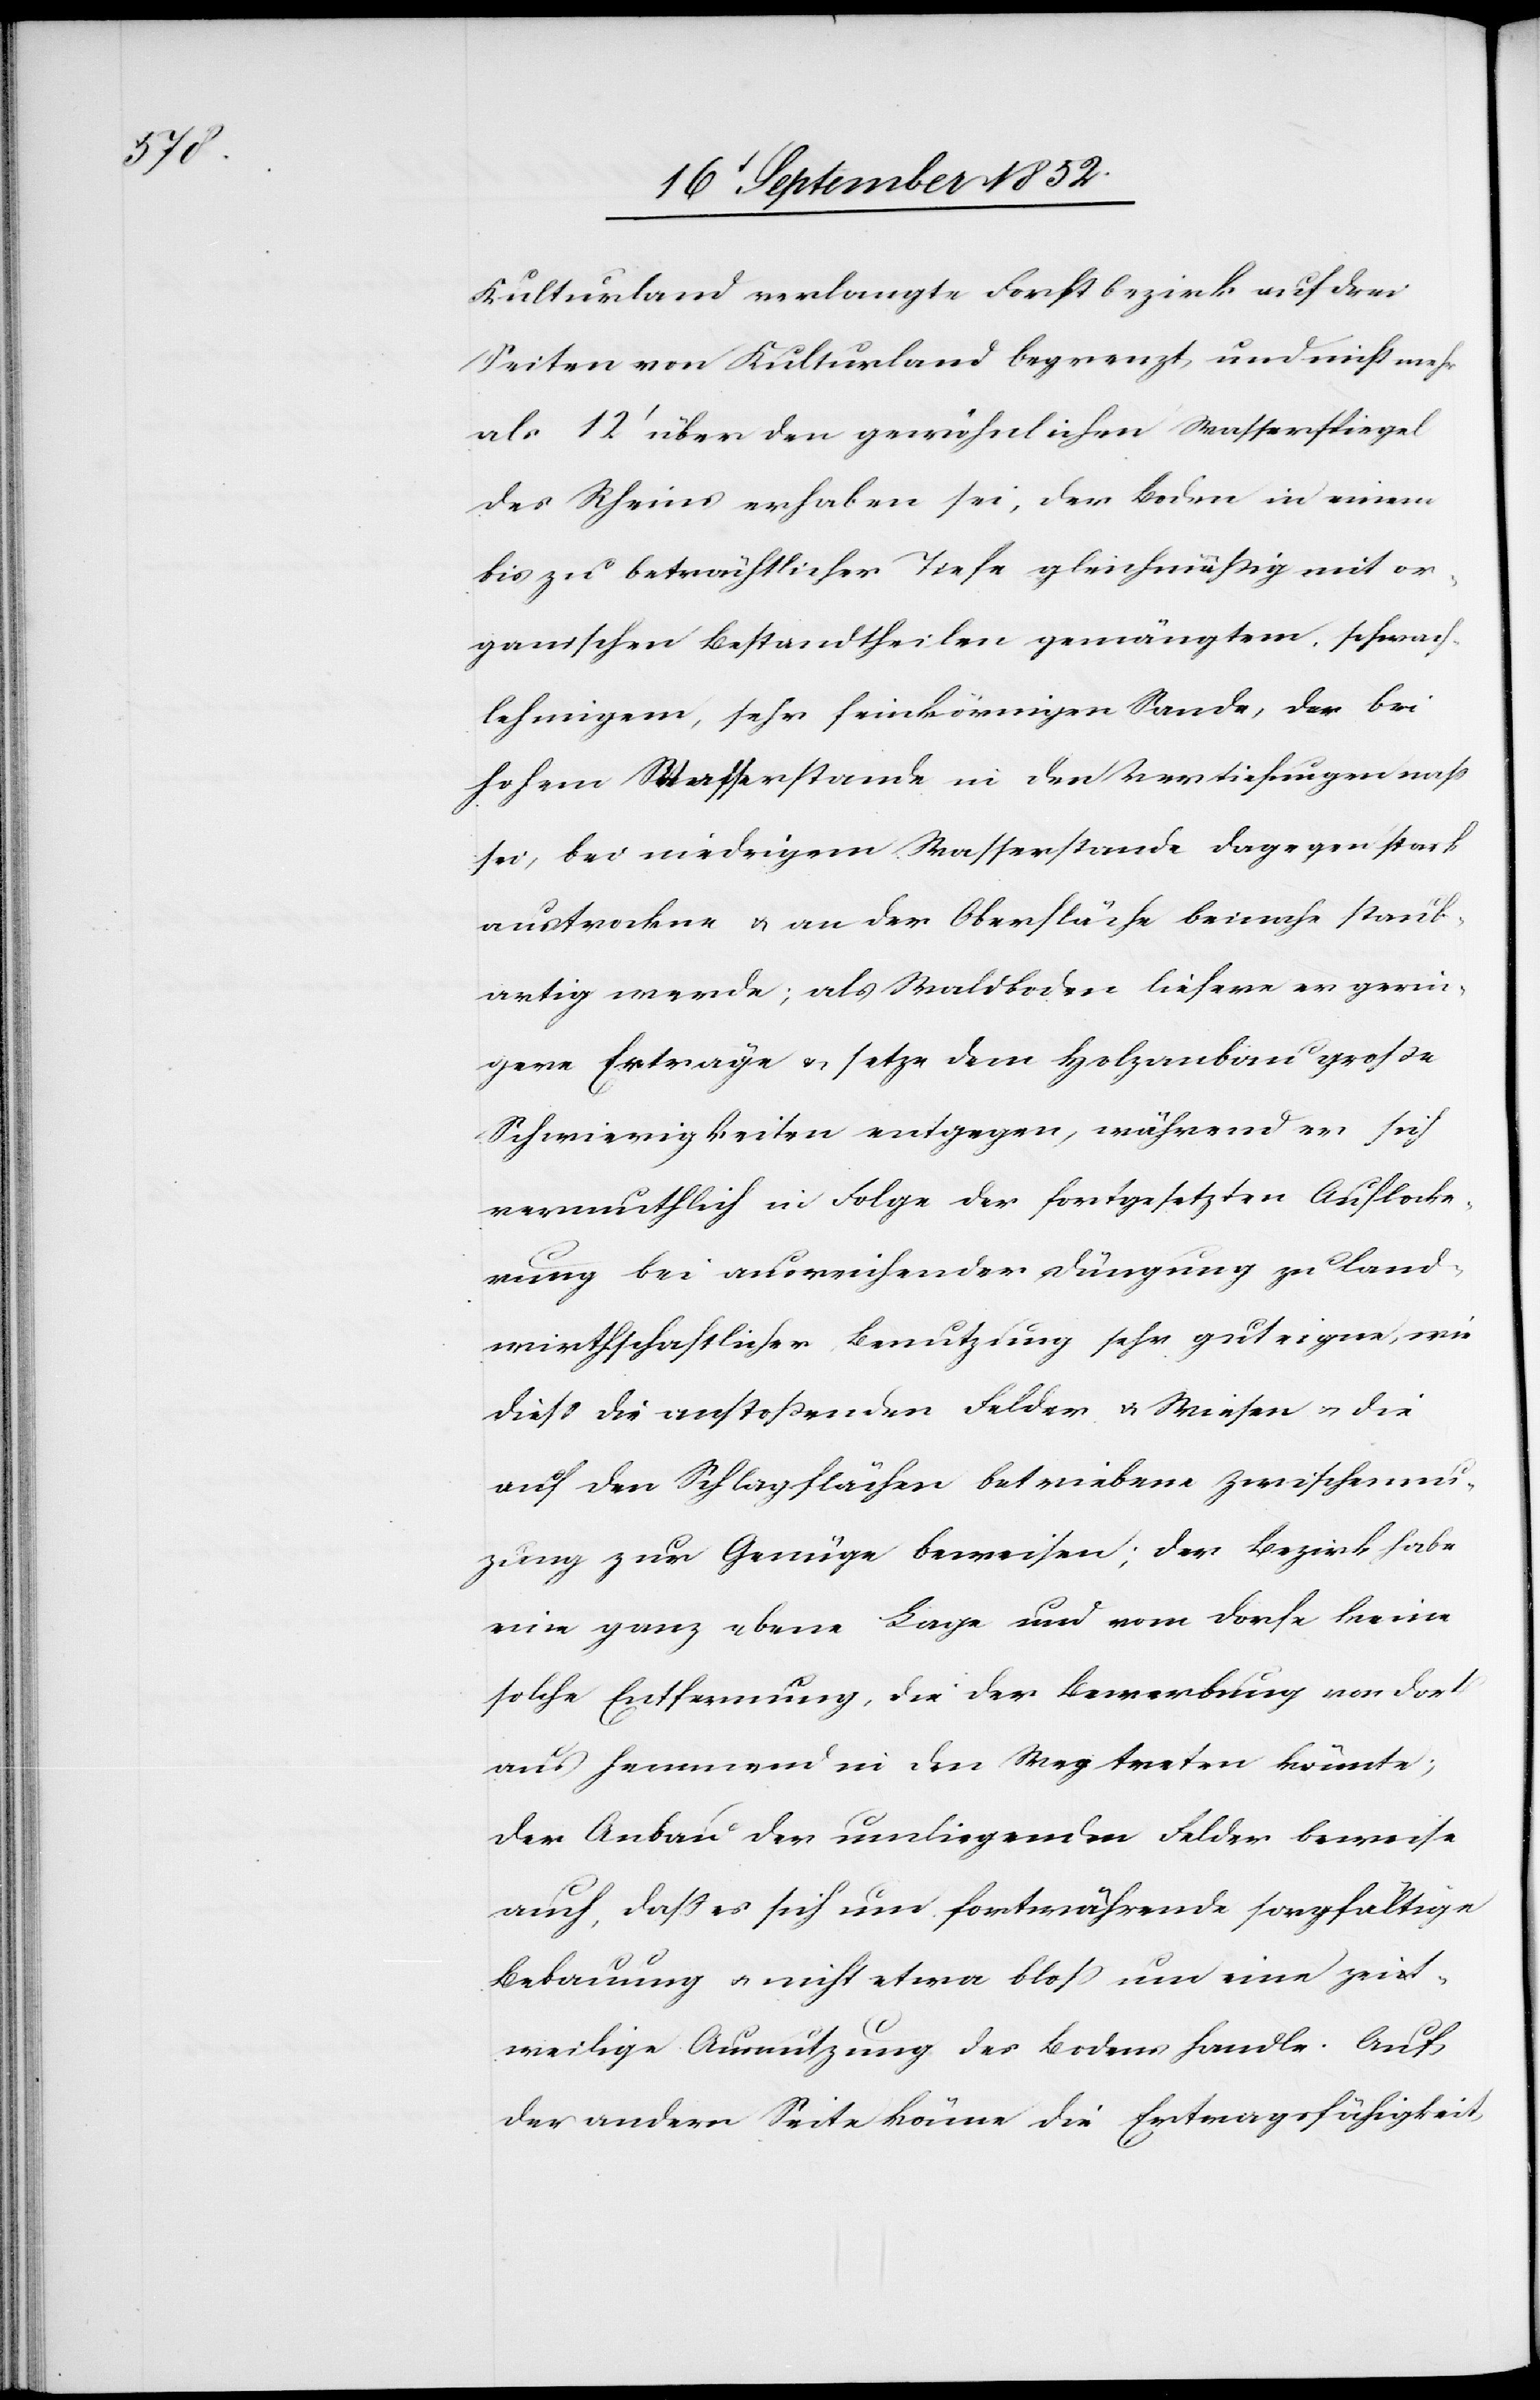
Kulturland verlangte Forstbezirk auf drei
Seiten von Kulturland begrenzt und nicht mehr
als 12‘ über den gewöhnlichen Wasserspiegel
des Rheins erhaben sei, der Boden in einem
bis zu beträchtlicher Tiefe gleichmäßig mit or¬
ganischen Bestandtheilen gemängtem, schwach¬
lehmigem, sehr feinkörnigen Sande, der bei
hohem Wasserstande in den Vertiefungen naß
sei, bei niedrigem Wasserstande dagegen stark
austrockne & an der Oberfläche beinahe staub¬
artig werde; als Waldboden liefere er gerin¬
gere Erträge & setze dem Holzanbau große
Schwierigkeiten entgegen, während er sich
vermuthlich in Folge der fortgesetzten Auflocke¬
rung bei ausreichender Düngung zu land¬
wirthschaftlicher Benutzung sehr gut eigne, wie
diess die anstoßenden Felder & Wiesen & die
auf den Schlagflächen betriebene Zwischennu[t]z¬
ung zur Genüge beweisen; der Bezirk habe
eine ganz ebene Lage und vom Dorfe keine
solche Entfernung, die der Bewerbung von dort
aus hemmend in den Weg treten könnte;
Der Anbau der umliegenden Felder beweise
auch, dass es sich um fortwährende sorgfältige
Bebauung & nicht etwa bloss um eine zeit¬
weilige Ausnutzung des Bodens handle. Auf
der andern Seite könne die Ertragsfähigkeit